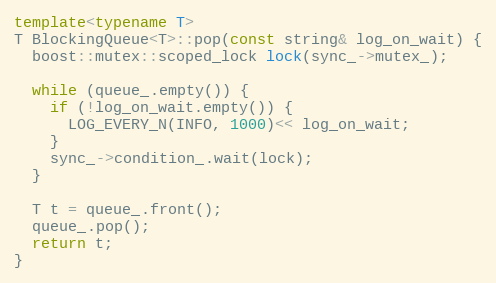
Language: C++
template<typename T>
T BlockingQueue<T>::pop(const string& log_on_wait) {
  boost::mutex::scoped_lock lock(sync_->mutex_);

  while (queue_.empty()) {
    if (!log_on_wait.empty()) {
      LOG_EVERY_N(INFO, 1000)<< log_on_wait;
    }
    sync_->condition_.wait(lock);
  }

  T t = queue_.front();
  queue_.pop();
  return t;
}